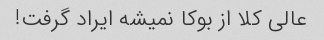
عالی کلا از بوکا نمیشه ایراد گرفت!